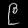
Digit: ၉